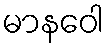
မာနဝေါ